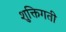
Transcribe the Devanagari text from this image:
शुक्तिगती